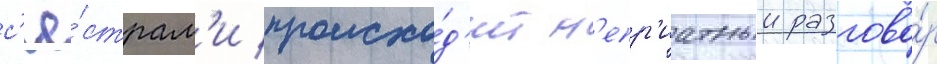
с'ё́страм'и происхо́д'ит н'епр'иатныи разгово́р